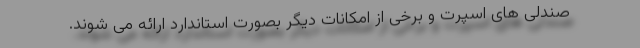
صندلی های اسپرت و برخی از امکانات دیگر بصورت استاندارد ارائه می شوند.